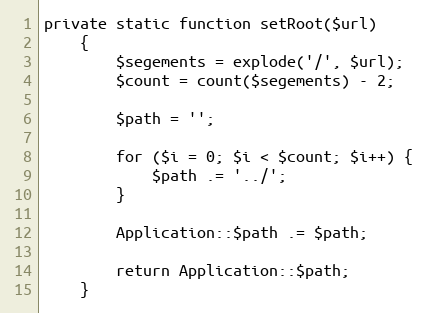
Language: PHP
private static function setRoot($url)
    {
        $segements = explode('/', $url);
        $count = count($segements) - 2;

        $path = '';

        for ($i = 0; $i < $count; $i++) {
            $path .= '../';
        }

        Application::$path .= $path;

        return Application::$path;
    }